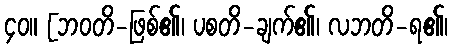
၄၀။ [ဘဝတိ-ဖြစ်၏၊ ပစတိ-ချက်၏၊ လဘတိ-ရ၏၊